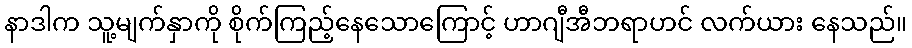
နာဒါက သူ့မျက်နှာကို စိုက်ကြည့်နေသောကြောင့် ဟာဂျီအီဘရာဟင် လက်ယား နေသည်။